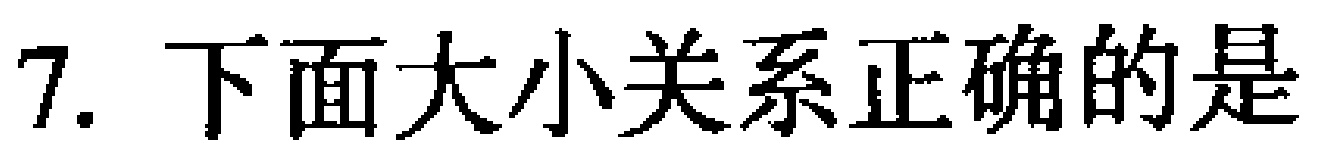
7. 下面大小关系正确的是